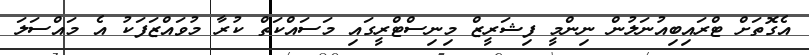
އެގޮތަށް ޓްރައިބިއުނަލުން ނިންމީ ފިޝަރީޒް މިނިސްޓްރީގައި މަސައްކަތް ކުރާ މުވައްޒަފަކު އެ މައްސަލަ